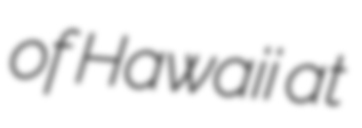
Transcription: of Hawaiʻi at